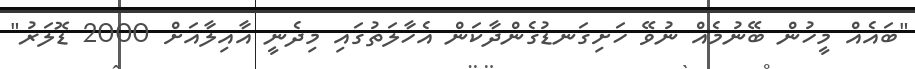
"ބައެއް މީހުން ބޭނުމެއް ނުވޭ ހަށިގަނޑުގެންދާކަަން އެހާލަތުގައި މިދެނީ އާއިލާއަށް 2000 ޑޮލަރު"